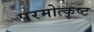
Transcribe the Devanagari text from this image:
परमोत्कृष्ट